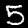
Label: 5